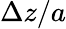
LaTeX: \Delta z/a